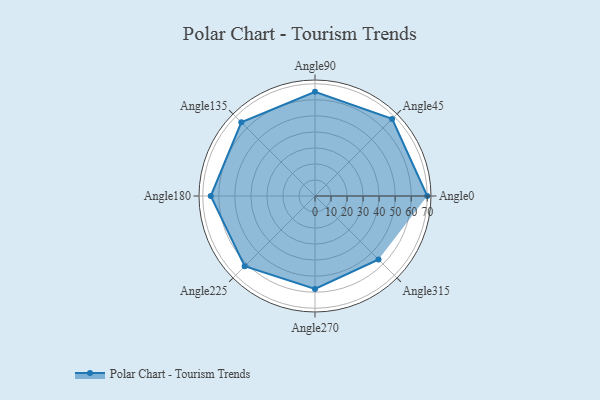
{"axis": {"x": "Angle", "y": "Radius"}, "legend": [""], "data": [{"x": "Angle0", "y": 70.0, "type": ""}, {"x": "Angle45", "y": 68.0, "type": ""}, {"x": "Angle90", "y": 65.0, "type": ""}, {"x": "Angle135", "y": 65.0, "type": ""}, {"x": "Angle180", "y": 65.0, "type": ""}, {"x": "Angle225", "y": 62.0, "type": ""}, {"x": "Angle270", "y": 58.0, "type": ""}, {"x": "Angle315", "y": 56.0, "type": ""}]}